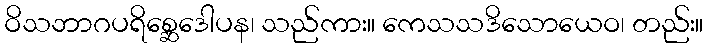
ဝိသဘာဂပရိစ္ဆေဒေါပန၊ သည်ကား။ ကေသသဒိသောယေဝ၊ တည်း။